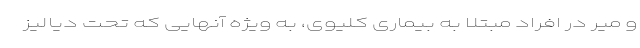
و میر در افراد مبتلا به بیماری کلیوی، به ویژه آنهایی که تحت دیالیز